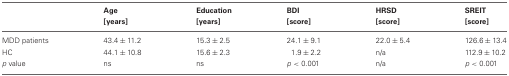
|  | Age | Education | BDI | HRSD | SREIT |
 |  | [years] | [years] | [score] | [score] | [score] |
 | --- | --- | --- | --- | --- | --- |
 | MDD patients | 43.4 ± 11.2 | 15.3 ± 2.5 | 24.1 ± 9.1 | 22.0 ± 5.4 | 126.6 ± 13.4 |
 | HC | 44.1 ± 10.8 | 15.6 ± 2.3 | 1.9 ± 2.2 | n/a | 112.9 ± 10.2 |
 | p value | ns | ns | p < 0.001 | n/a | p < 0.001 |